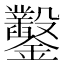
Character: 鑿